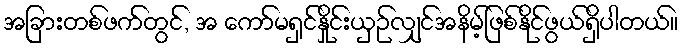
အခြားတစ်ဖက်တွင်, အ ကော်မရှင်နှိုင်းယှဉ်လျှင်အနိမ့်ဖြစ်နိုင်ဖွယ်ရှိပါတယ်။